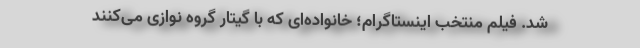
شد. فیلم منتخب اینستاگرام؛ خانواده‌ای که با گیتار گروه نوازی می‌کنند